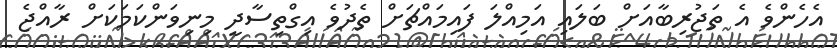
އެހެންވެ އެ ތަޖުރިބާއަށް ބަލައި އަމިއްލަ ފައިމައްޗަށް ތެދުވެ އިގްތިސާދީ މިނިވަންކަމަކަށް ރާއްޖެ